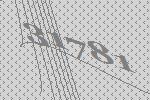
31781